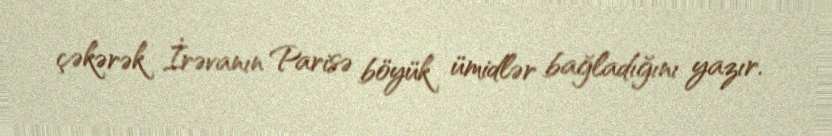
çəkərək İrəvanın Parisə böyük ümidlər bağladığını yazır.